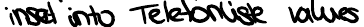
insert into Telefonliste values